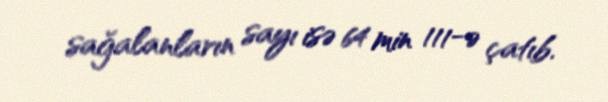
sağalanların sayı isə 64 min 111-ə çatıb.